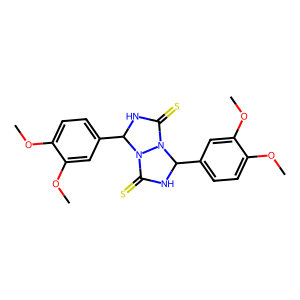
SMILES: COc1ccc(C2NC(=S)N3C(c4ccc(OC)c(OC)c4)NC(=S)N23)cc1OC
Inhibits HIV replication: No